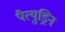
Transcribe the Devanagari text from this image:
पैत्युड्रिन